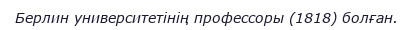
Берлин университетінің профессоры (1818) болған.